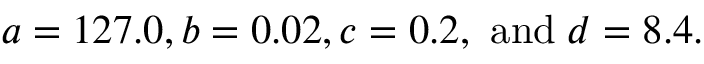
a = 1 2 7 . 0 , b = 0 . 0 2 , c = 0 . 2 , \mathrm { ~ a n d } \; d = 8 . 4 .